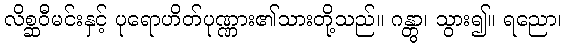
လိစ္ဆဝီမင်းနှင့် ပုရောဟိတ်ပုဏ္ဏား၏သားတို့သည်။ ဂန္တွာ၊ သွား၍။ ရညော၊